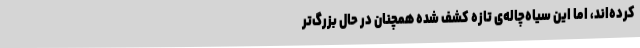
کرده‌اند، اما این سیاه‌چاله‌ی تازه کشف‌ شده همچنان در حال بزرگ‌تر